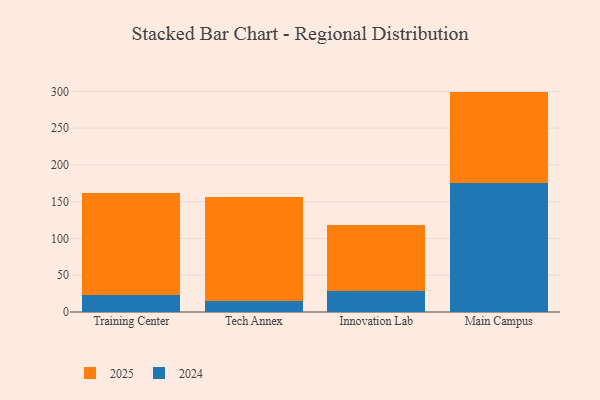
{"axis": {"x": "Campus", "y": "Market Share (%)"}, "legend": ["2024", "2025"], "data": [{"x": "Training Center", "y": 138.5, "type": "2025"}, {"x": "Training Center", "y": 22.8, "type": "2024"}, {"x": "Tech Annex", "y": 141.9, "type": "2025"}, {"x": "Tech Annex", "y": 14.9, "type": "2024"}, {"x": "Innovation Lab", "y": 88.8, "type": "2025"}, {"x": "Innovation Lab", "y": 28.9, "type": "2024"}, {"x": "Main Campus", "y": 124.2, "type": "2025"}, {"x": "Main Campus", "y": 175.5, "type": "2024"}]}